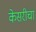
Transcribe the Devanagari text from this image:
केसरीचा